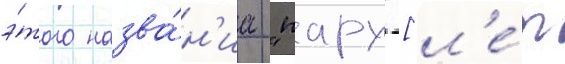
э́того назва́н'иа "пару [л'е́т